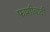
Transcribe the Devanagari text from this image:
फाशीवादी